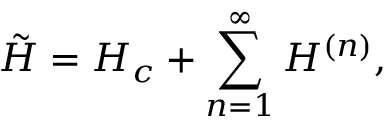
\tilde { H } = H _ { c } + \sum _ { n = 1 } ^ { \infty } H ^ { ( n ) } ,